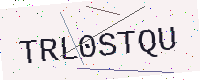
Text: TRL0STQU